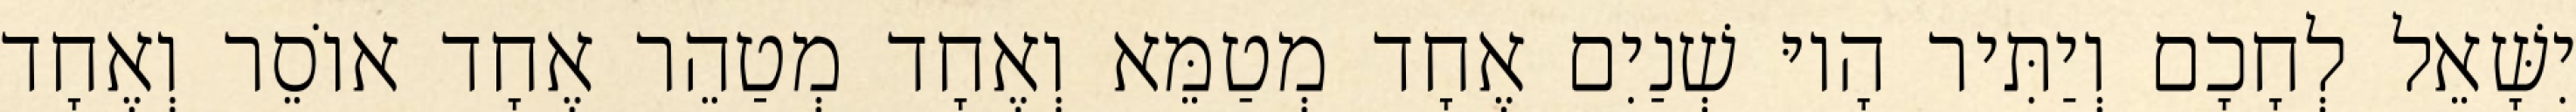
יִשָּׁאֵל לְחָכָם וְיַתִּיר הָיוּ שְׁנַיִם אֶחָד מְטַמֵּא וְאֶחָד מְטַהֵר אֶחָד אוֹסֵר וְאֶחָד